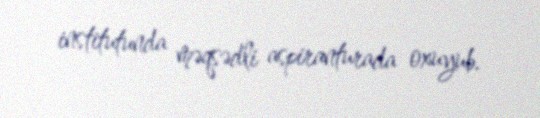
institutunda məqsədli aspiranturada oxuyub.